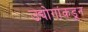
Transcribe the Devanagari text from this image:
उद्योगांकडून